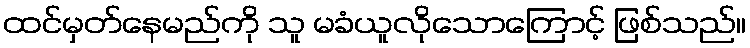
ထင်မှတ်နေမည်ကို သူ မခံယူလိုသောကြောင့် ဖြစ်သည်။